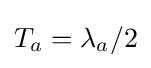
T_{a}=\lambda _{a}/2